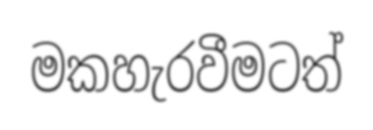
මකහැරවීමටත්